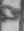
Text: 9